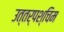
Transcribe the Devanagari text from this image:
उत्तर्पश्चिम